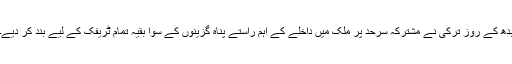
بدھ کے روز ترکی نے مشترکہ سرحد پر ملک میں داخلے کے اہم راستے پناہ گزینوں کے سوا بقیہ تمام ٹریفک کے لیے بند کر دیے۔